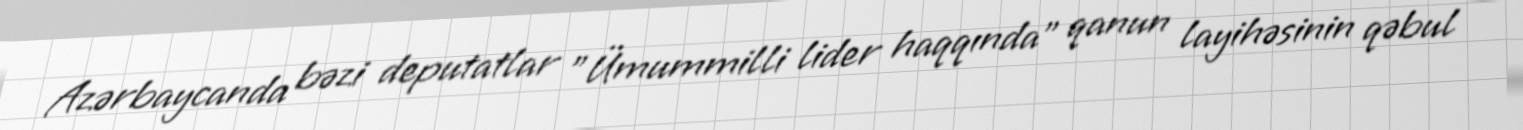
Azərbaycanda bəzi deputatlar "Ümummilli lider haqqında" qanun layihəsinin qəbul